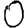
Digit: 0